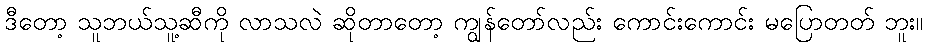
ဒီတော့ သူဘယ်သူ့ဆီကို လာသလဲ ဆိုတာတော့ ကျွန်တော်လည်း ကောင်းကောင်း မပြောတတ် ဘူး။